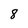
Character: 8